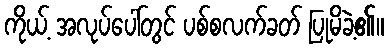
ကိုယ့် အလုပ်ပေါ်တွင် ပစ်စလက်ခတ် ပြုမိခဲ့၏။